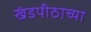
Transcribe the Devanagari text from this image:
खंडपीठाच्या